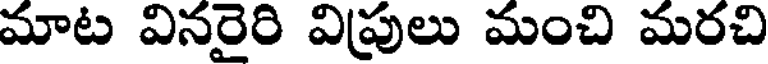
మాట వినరైరి విప్రులు మంచి మరచి